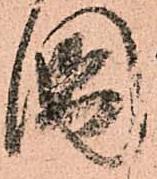
國